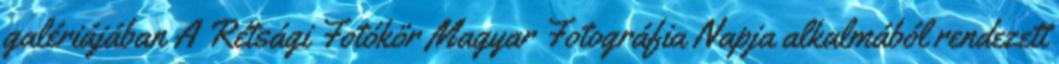
galériájában A Rétsági Fotókör Magyar Fotográfia Napja alkalmából rendezett